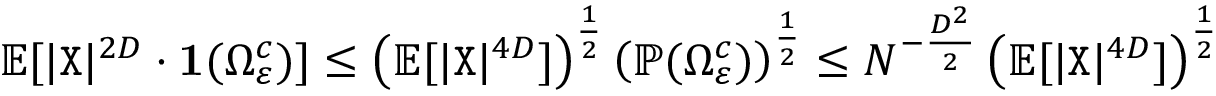
\mathbb { E } [ | { \texttt X } | ^ { 2 D } \cdot \mathbf { 1 } ( \Omega _ { \varepsilon } ^ { c } ) ] \leq \left( \mathbb { E } [ | { \texttt X } | ^ { 4 D } ] \right) ^ { \frac { 1 } { 2 } } \left( \mathbb { P } ( \Omega _ { \varepsilon } ^ { c } ) \right) ^ { \frac { 1 } { 2 } } \leq N ^ { - \frac { D ^ { 2 } } { 2 } } \left( \mathbb { E } [ | { \texttt X } | ^ { 4 D } ] \right) ^ { \frac { 1 } { 2 } }